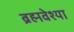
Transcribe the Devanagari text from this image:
ब्रह्मवेश्या